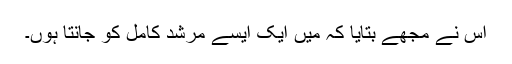
اس نے مجھے بتایا کہ میں ایک ایسے مرشد کامل کو جانتا ہوں۔